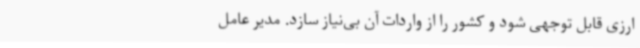
ارزی قابل توجهی شود و کشور را از واردات آن بی‌نیاز سازد. مدیر عامل